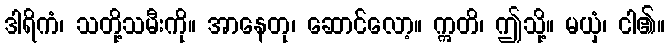
ဒါရိကံ၊ သတို့သမီးကို။ အာနေတု၊ ဆောင်လော့။ ဣတိ၊ ဤသို့။ မယှံ၊ ငါ၏။